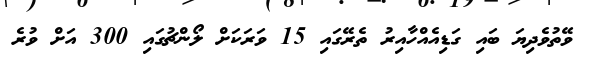
ވޭތުވެދިޔަ ބައި ގަޑިއެއްހާއިރު ތެރޭގައި 15 ވަރަކަށް ލޯންޗުގައި 300 އަށް ވުރެ